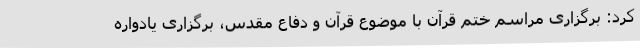
کرد: برگزاری مراسم ختم قرآن با موضوع قرآن و دفاع مقدس، برگزاری یادواره